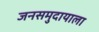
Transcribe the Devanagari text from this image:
जनसमुदायाला